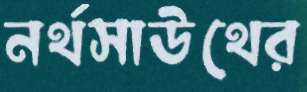
নর্থসাউথের